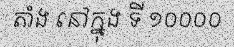
តាំង នៅក្នុង ទី ១០០០០